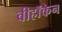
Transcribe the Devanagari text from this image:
वीहॉकेन